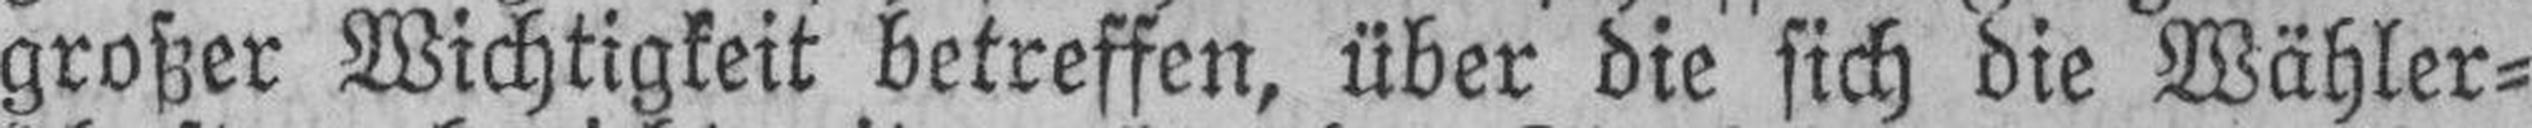
großer Wichtigkeit betreffen, über die sich die Wähler¬